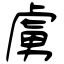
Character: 虜